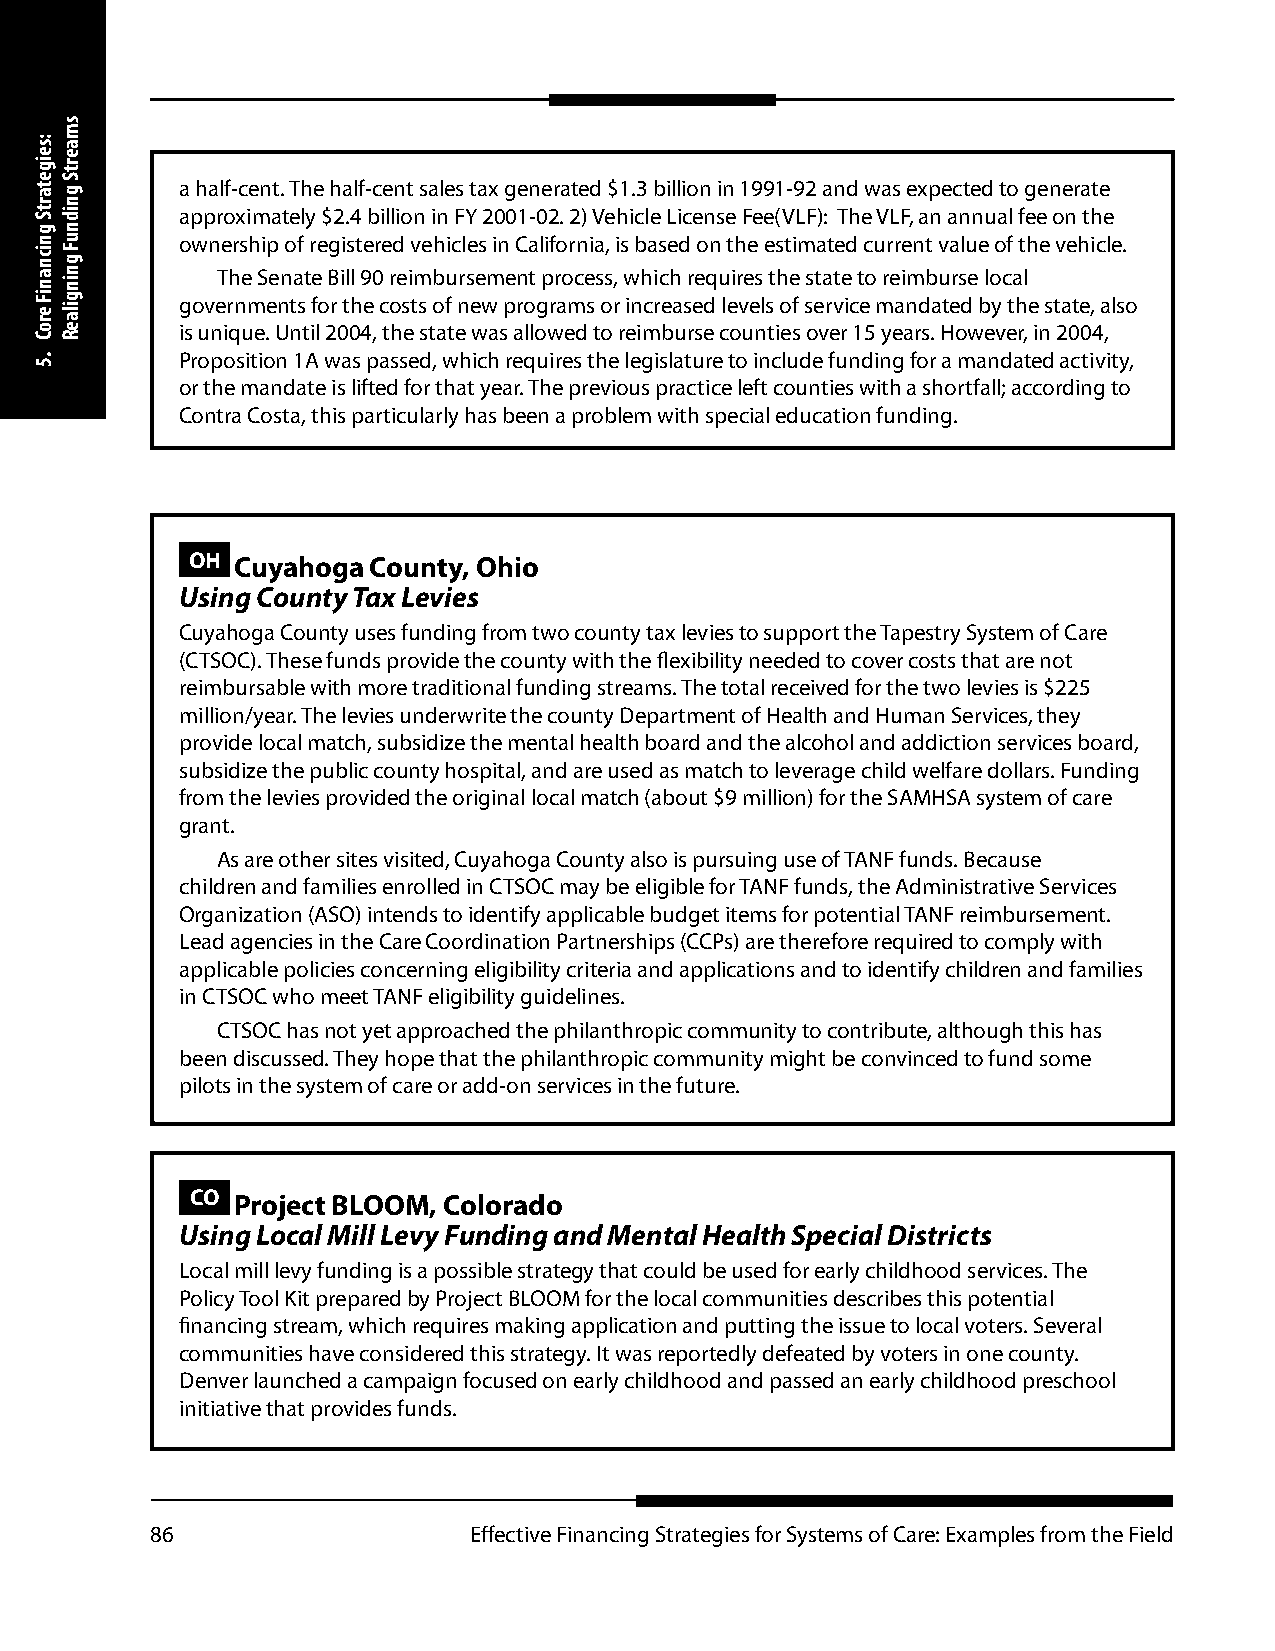
a half-cent. The half-cent sales tax generated $1.3 billion in 1991-92 and was expected to generate
 approximately $2.4 billion in FY 2001-02. 2) Vehicle License Fee(VLF): The VLF, an annual fee on the
 ownership of registered vehicles in California, is based on the estimated current value of the vehicle.
 The Senate Bill 90 reimbursement process, which requires the state to reimburse local
 governments for the costs of new programs or increased levels of service mandated by the state, also
 is unique. Until 2004, the state was allowed to reimburse counties over 15 years. However, in 2004,
 Proposition 1A was passed, which requires the legislature to include funding for a mandated activity,
 or the mandate is lifted for that year. The previous practice left counties with a shortfall; according to
 Contra Costa, this particularly has been a problem with special education funding.
 OH Cuyahoga  County, Ohio
 Using County Tax Levies
 Cuyahoga County uses funding from two county tax levies to support the Tapestry System of Care
 (CTSOC). These funds provide the county with the flexibility needed to cover costs that are not
 reimbursable with more traditional funding streams. The total received for the two levies is $225
 million/year. The levies underwrite the county Department of Health and Human Services, they
 provide local match, subsidize the mental health board and the alcohol and addiction services board,
 subsidize the public county hospital, and are used as match to leverage child welfare dollars. Funding
 from the levies provided the original local match (about $9 million) for the SAMHSA system of care
 grant.
 As are other sites visited, Cuyahoga County also is pursuing use of TANF funds. Because
 children and families enrolled in CTSOC may be eligible for TANF funds, the Administrative Services
 Organization (ASO) intends to identify applicable budget items for potential TANF reimbursement.
 Lead agencies in the Care Coordination Partnerships (CCPs) are therefore required to comply with
 applicable policies concerning eligibility criteria and applications and to identify children and families
 in CTSOC who meet TANF eligibility guidelines.
 CTSOC has not yet approached the philanthropic community to contribute, although this has
 been discussed. They hope that the philanthropic community might be convinced to fund some
 pilots in the system of care or add-on services in the future.
 CO Project BLOOM, Colorado
 Using Local Mill Levy Funding and Mental Health Special Districts
 Local mill levy funding is a possible strategy that could be used for early childhood services. The
 Policy Tool Kit prepared by Project BLOOM for the local communities describes this potential
 financing stream, which requires making application and putting the issue to local voters. Several
 communities have considered this strategy. It was reportedly defeated by voters in one county.
 Denver launched a campaign focused on early childhood and passed an early childhood preschool
 initiative that provides funds.
 86                   Effective Financing Strategies for Systems of Care: Examples from the Field
 :seigetartS
 gnicnaniF
 eroC
 .5
 smaertS
 gnidnuF
 gningilaeR